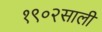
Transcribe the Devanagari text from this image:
१९०२साली